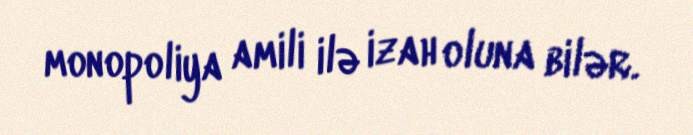
monopoliya amili ilə izah oluna bilər.